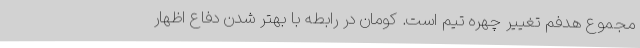
مجموع هدفم تغییر چهره تیم است. کومان در رابطه با بهتر شدن دفاع اظهار